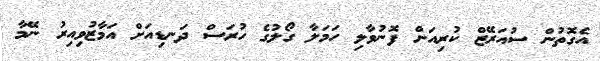
އެގޮތުން ސުއަރޭޒް ކުރިއަށް ފޮނުވާލި ހަމަލާ ގޯލުގެ ހުރަސް ދަނޑިއަށް އަމާޒުވިއިރު ނޭމާ